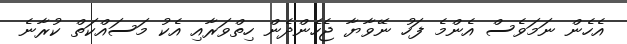
އެހެން ނަމަވެސް އެންމެ ފަހު ނޭވާޔާ ޖެހެންދެން ހިތްވަރާއި އެކު މަސައްކަތް ކުރާނެ